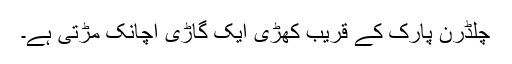
چلڈرن پارک کے قریب کھڑی ایک گاڑی اچانک مڑتی ہے۔